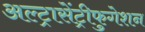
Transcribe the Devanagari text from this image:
अल्ट्रासेंट्रीफुगेशन